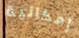
إمكانية